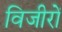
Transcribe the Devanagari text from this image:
विजीरों